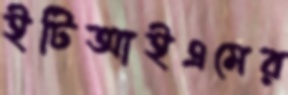
ইটিআইএমের